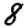
Digit: 8